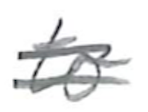
Text: to
Cross-out: double-line
Writing tool: pencil